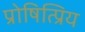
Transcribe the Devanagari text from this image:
प्रोषित्प्रिय